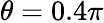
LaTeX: \theta=0.4\pi